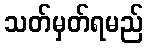
သတ်မှတ်ရမည်